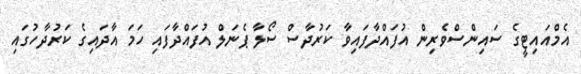
އެމްއައިޓީގެ ސައިންސްވެރިން އުފައްދާފައިވާ ކަރުދާސް ސޯލާ ޕެނަލް އުފައްދާފައި ހަމަ އާދައިގެ ކަރުދާހުގައި